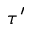
\tau ^ { \prime }